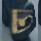
চ